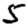
Digit: 5